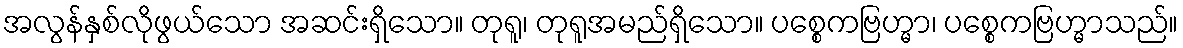
အလွန်နှစ်လိုဖွယ်သော အဆင်းရှိသော။ တုရူ၊ တုရူအမည်ရှိသော။ ပစ္စေကဗြဟ္မာ၊ ပစ္စေကဗြဟ္မာသည်။